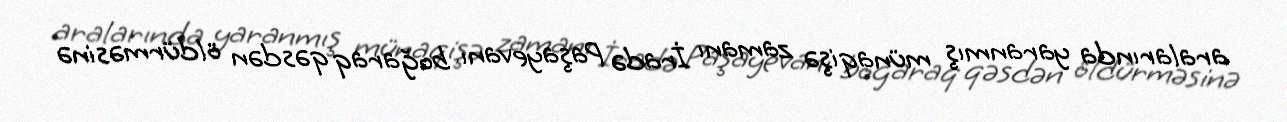
aralarında yaranmış münaqişə zamanı İradə Paşayevanı boğaraq qəsdən öldürməsinə